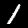
Label: 1